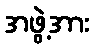
အဖွဲ့အား